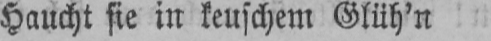
Haucht sie in keuschem Glüh’n